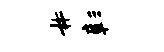
#彰